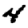
Digit: 4